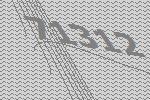
71312